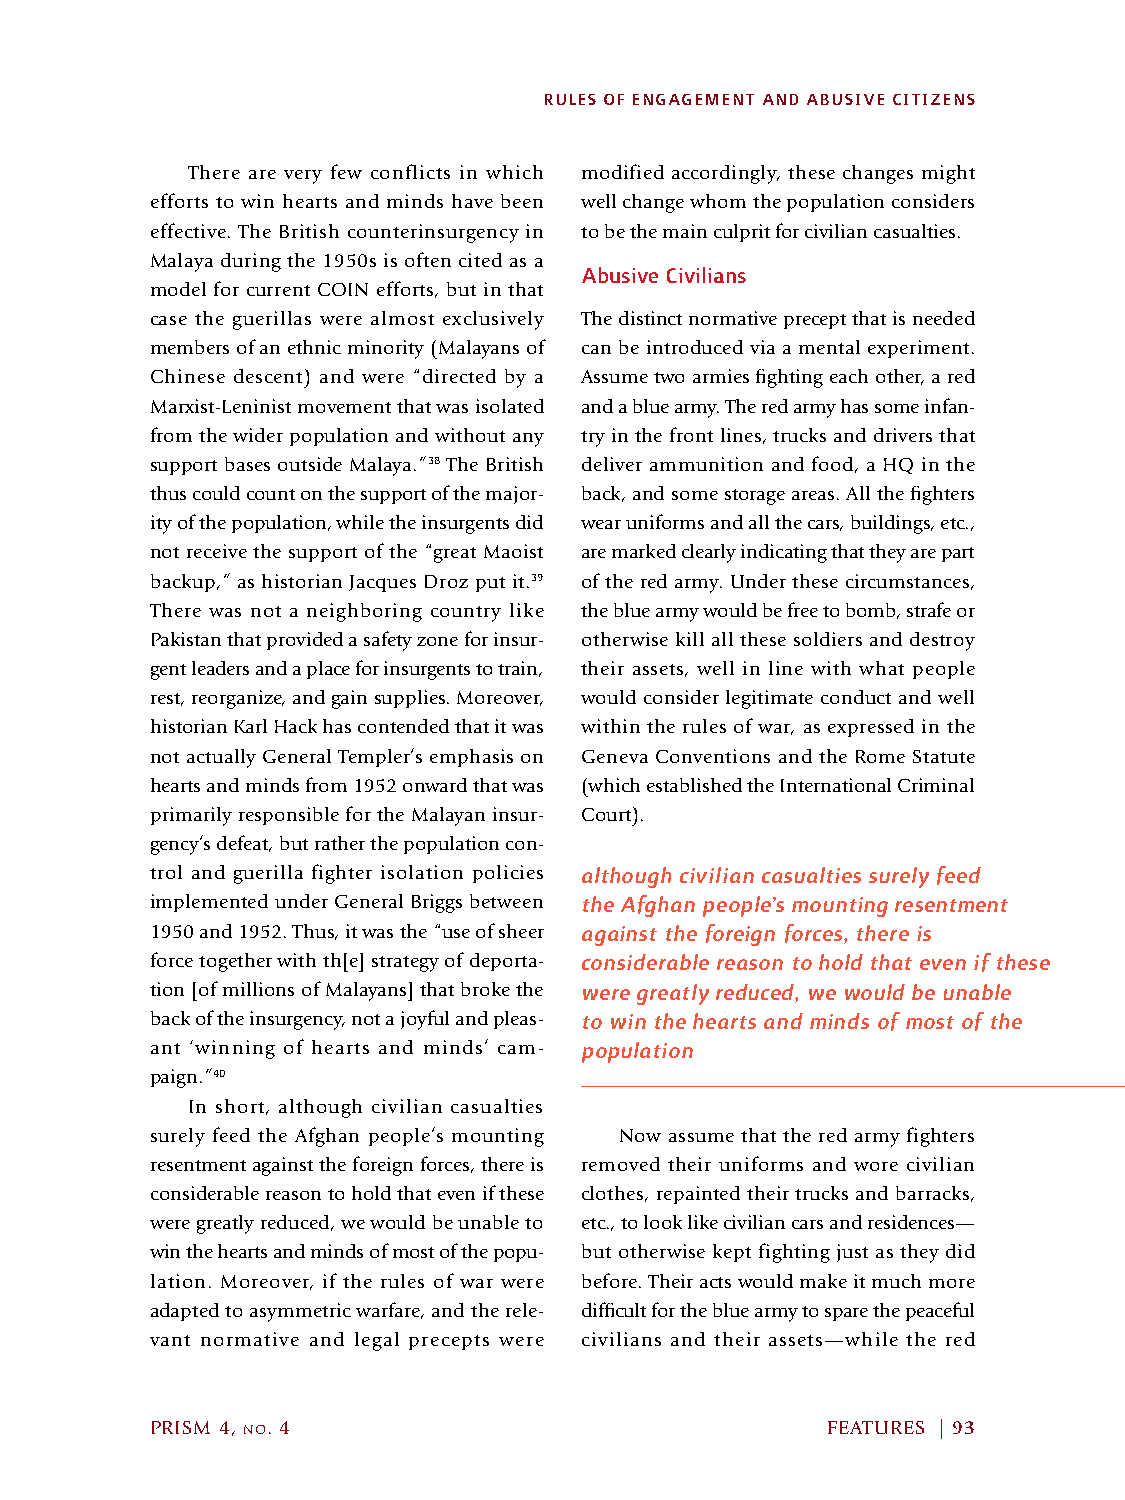
RULES OF ENGAGEMENT AND ABUSIVE CITIZENS
 There are very few conflicts in which modified accordingly, these changes might
 efforts to win hearts and minds have been well change whom the population considers
 effective. The British counterinsurgency in to be the main culprit for civilian casualties.
 Malaya during the 1950s is often cited as a
 Abusive Civilians
 model for current COIN efforts, but in that
 case the guerillas were almost exclusively The distinct normative precept that is needed
 members of an ethnic minority (Malayans of can be introduced via a mental experiment.
 Chinese descent) and were “directed by a Assume two armies fighting each other, a red
 Marxist-Leninist movement that was isolated and a blue army. The red army has some infan-
 from the wider population and without any try in the front lines, trucks and drivers that
 support bases outside Malaya.”38 The British deliver ammunition and food, a HQ in the
 thus could count on the support of the major- back, and some storage areas. All the fighters
 ity of the population, while the insurgents did wear uniforms and all the cars, buildings, etc.,
 not receive the support of the “great Maoist are marked clearly indicating that they are part
 backup,” as historian Jacques Droz put it.39 of the red army. Under these circumstances,
 There was not a neighboring country like the blue army would be free to bomb, strafe or
 Pakistan that provided a safety zone for insur- otherwise kill all these soldiers and destroy
 gent leaders and a place for insurgents to train, their assets, well in line with what people
 rest, reorganize, and gain supplies. Moreover, would consider legitimate conduct and well
 historian Karl Hack has contended that it was within the rules of war, as expressed in the
 not actually General Templer’s emphasis on Geneva Conventions and the Rome Statute
 hearts and minds from 1952 onward that was (which established the International Criminal
 primarily responsible for the Malayan insur- Court).
 gency’s defeat, but rather the population con-
 trol and guerilla fighter isolation policies although civilian casualties surely feed
 implemented under General Briggs between the Afghan people’s mounting resentment
 1950 and 1952. Thus, it was the “use of sheer against the foreign forces, there is
 force together with th[e] strategy of deporta- considerable reason to hold that even if these
 tion [of millions of Malayans] that broke the were greatly reduced, we would be unable
 back of the insurgency, not a joyful and pleas- to win the hearts and minds of most of the
 ant ‘winning of hearts and minds’ cam- population
 paign.”40
 In short, although civilian casualties
 surely feed the Afghan people’s mounting Now assume that the red army fighters
 resentment against the foreign forces, there is removed their uniforms and wore civilian
 considerable reason to hold that even if these clothes, repainted their trucks and barracks,
 were greatly reduced, we would be unable to etc., to look like civilian cars and residences—
 win the hearts and minds of most of the popu- but otherwise kept fighting just as they did
 lation. Moreover, if the rules of war were before. Their acts would make it much more
 adapted to asymmetric warfare, and the rele- difficult for the blue army to spare the peaceful
 vant normative and legal precepts were civilians and their assets—while the red
 PRISM 4, no. 4                               FEATURES | 93